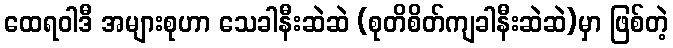
ထေရဝါဒီ အများစုဟာ သေခါနီးဆဲဆဲ (စုတိစိတ်ကျခါနီးဆဲဆဲ)မှာ ဖြစ်တဲ့